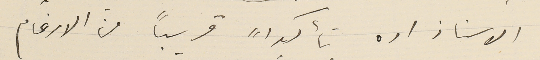
الاستاذ اده تأكداً قريباً من الارغام